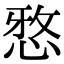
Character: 𫺗